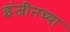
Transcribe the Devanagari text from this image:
इंजीनच्या